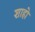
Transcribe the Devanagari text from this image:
शाहो